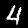
Label: 4